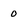
Character: O